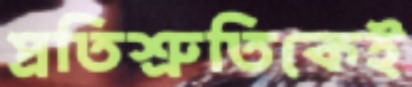
প্রতিশ্রুতিকেই